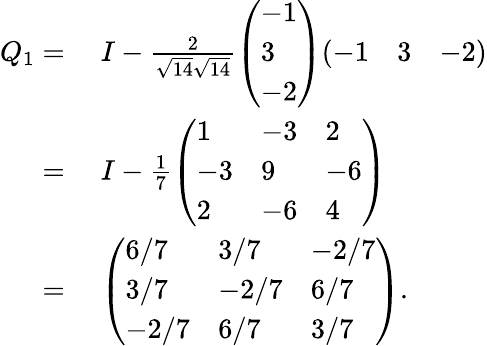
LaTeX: \begin{array}{rl}{Q_{1}={}}&{{}I-{\frac{2}{{\sqrt{14}}{\sqrt{14}}}}{\left(\begin{array}{l}{-1}\\ {3}\\ {-2}\end{array}\right)}{\left(\begin{array}{lll}{-1}&{3}&{-2}\end{array}\right)}}\\ {={}}&{{}I-{\frac{1}{7}}{\left(\begin{array}{lll}{1}&{-3}&{2}\\ {-3}&{9}&{-6}\\ {2}&{-6}&{4}\end{array}\right)}}\\ {={}}&{{}{\left(\begin{array}{lll}{6/7}&{3/7}&{-2/7}\\ {3/7}&{-2/7}&{6/7}\\ {-2/7}&{6/7}&{3/7}\end{array}\right)}.}\end{array}